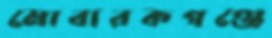
মোবারকগঞ্জে